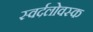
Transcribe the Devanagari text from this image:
स्वर्दलोवस्क